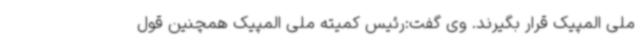
ملی المپیک قرار بگیرند. وی گفت:‌رئیس کمیته ملی المپیک همچنین قول